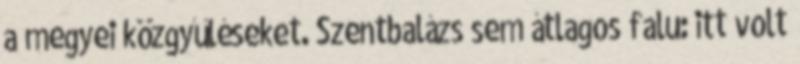
a megyei közgyűléseket. Szentbalázs sem átlagos falu: itt volt